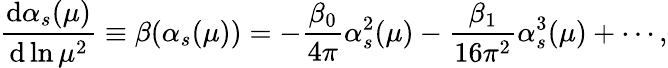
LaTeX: \frac{{\mathrm d}\alpha_{s}(\mu)}{{\mathrm d}\ln\mu^{2}}\equiv\beta(\alpha_{s}(\mu))=-\frac{\beta_{0}}{4\pi}\alpha_{s}^{2}(\mu)-\frac{\beta_{1}}{16\pi^{2}}\alpha_{s}^{3}(\mu)+\cdots,